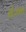
રોઝન